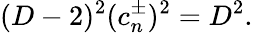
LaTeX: (D-2)^{2}(c_{n}^{\pm})^{2}=D^{2}.